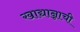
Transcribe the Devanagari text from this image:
खाद्यान्नाची